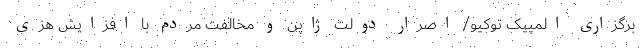
برگزاری المپیک توکیو/ اصرار دولت ژاپن و مخالفت مردم با افزایش هزی